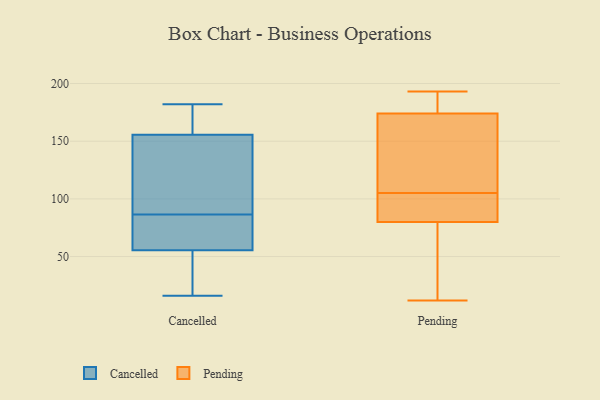
{"axis": {"x": "Temperature (°C)", "y": "Value"}, "legend": ["Cancelled", "Pending"], "data": [{"x": "", "y": 179, "type": "Cancelled"}, {"x": "", "y": 158, "type": "Cancelled"}, {"x": "", "y": 159, "type": "Cancelled"}, {"x": "", "y": 37, "type": "Cancelled"}, {"x": "", "y": 46, "type": "Cancelled"}, {"x": "", "y": 20, "type": "Cancelled"}, {"x": "", "y": 86, "type": "Cancelled"}, {"x": "", "y": 151, "type": "Cancelled"}, {"x": "", "y": 87, "type": "Cancelled"}, {"x": "", "y": 79, "type": "Cancelled"}, {"x": "", "y": 182, "type": "Cancelled"}, {"x": "", "y": 149, "type": "Cancelled"}, {"x": "", "y": 153, "type": "Cancelled"}, {"x": "", "y": 16, "type": "Cancelled"}, {"x": "", "y": 72, "type": "Cancelled"}, {"x": "", "y": 65, "type": "Cancelled"}, {"x": "", "y": 87, "type": "Pending"}, {"x": "", "y": 80, "type": "Pending"}, {"x": "", "y": 108, "type": "Pending"}, {"x": "", "y": 188, "type": "Pending"}, {"x": "", "y": 149, "type": "Pending"}, {"x": "", "y": 80, "type": "Pending"}, {"x": "", "y": 171, "type": "Pending"}, {"x": "", "y": 21, "type": "Pending"}, {"x": "", "y": 178, "type": "Pending"}, {"x": "", "y": 177, "type": "Pending"}, {"x": "", "y": 100, "type": "Pending"}, {"x": "", "y": 144, "type": "Pending"}, {"x": "", "y": 12, "type": "Pending"}, {"x": "", "y": 57, "type": "Pending"}, {"x": "", "y": 114, "type": "Pending"}, {"x": "", "y": 94, "type": "Pending"}, {"x": "", "y": 193, "type": "Pending"}, {"x": "", "y": 183, "type": "Pending"}, {"x": "", "y": 102, "type": "Pending"}, {"x": "", "y": 41, "type": "Pending"}]}